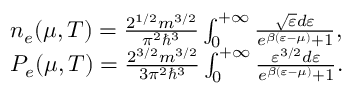
\begin{array} { r l } & { { n _ { e } ( \mu , T ) } = \frac { { { 2 ^ { 1 / 2 } } m { ^ { 3 / 2 } } } } { { { \pi ^ { 2 } } { \hbar ^ { 3 } } } } \int _ { 0 } ^ { + \infty } { \frac { { \sqrt { { \varepsilon } } d { \varepsilon } } } { { { e ^ { \beta ( { \varepsilon } - \mu ) } } + 1 } } } , } \\ & { { P _ { e } ( \mu , T ) } = \frac { { { 2 ^ { 3 / 2 } } m { ^ { 3 / 2 } } } } { { 3 { \pi ^ { 2 } } { \hbar ^ { 3 } } } } \int _ { 0 } ^ { + \infty } { \frac { { { { \varepsilon } ^ { 3 / 2 } } d { \varepsilon } } } { { { e ^ { \beta ( { \varepsilon } - { \mu } ) } } + 1 } } . } } \end{array}